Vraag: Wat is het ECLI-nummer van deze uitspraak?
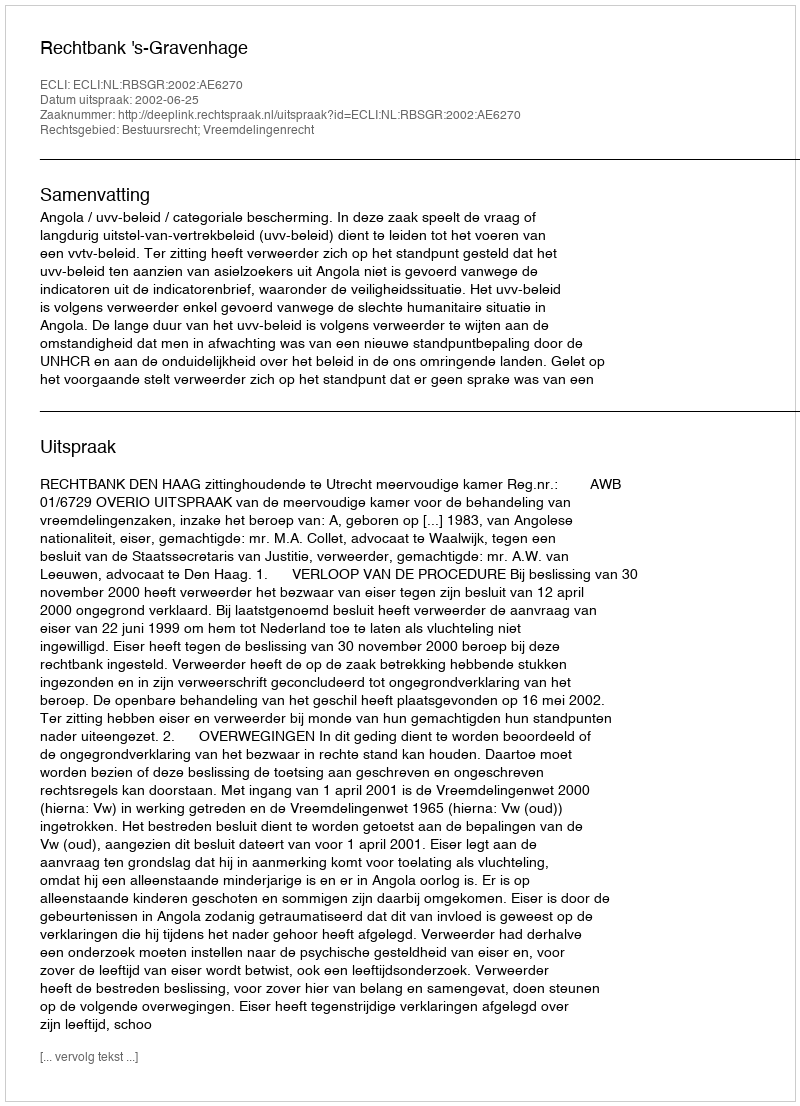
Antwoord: ECLI:NL:RBSGR:2002:AE6270